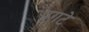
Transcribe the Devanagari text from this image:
प्रगटे